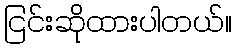
ငြင်းဆိုထားပါတယ်။